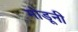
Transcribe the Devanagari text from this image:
मोडूनी